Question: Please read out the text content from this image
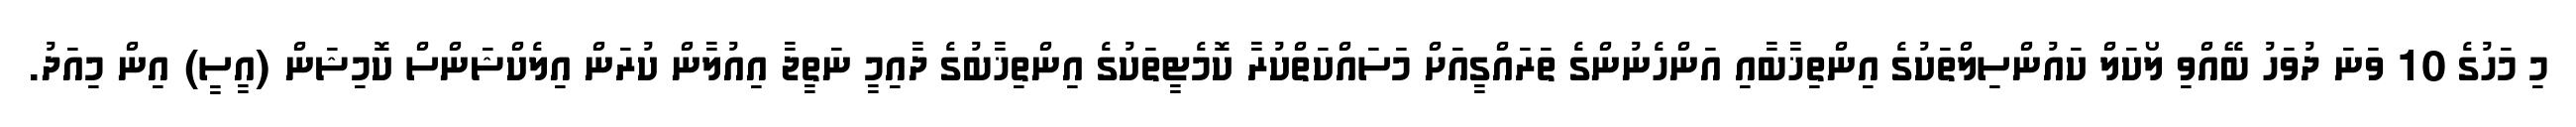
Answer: މި މަހުގެ 10 ވަނަ ދުވަހު ބޭއްވި ލޯކަލް ކައުންސިލްތަކުގެ އިންތިޚާބާއި އަންހެނުންގެ ތަރައްގީއަށް މަސައްކަތްކުރާ ކޮމެޓީތަކުގެ އިންތިޚާބުގެ ދާއިމީ ނަތީޖާ އިއުލާން ކުރަން އިލެކްޝަންސް ކޮމިޝަން (އީސީ) އިން މިއަދު.